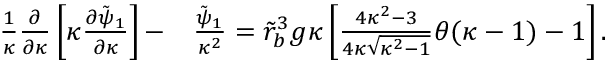
\begin{array} { r l } { \frac { 1 } { \kappa } \frac { \partial } { \partial \kappa } \left[ \kappa \frac { \partial \tilde { \psi } _ { 1 } } { \partial \kappa } \right] - } & { { } \frac { \tilde { \psi } _ { 1 } } { \kappa ^ { 2 } } = \tilde { r } _ { b } ^ { 3 } g \kappa \left[ \frac { 4 \kappa ^ { 2 } - 3 } { 4 \kappa \sqrt { \kappa ^ { 2 } - 1 } } \theta ( \kappa - 1 ) - 1 \right] . } \end{array}